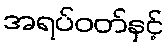
အရပ်ဝတ်နှင့်